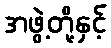
အဖွဲ့တို့နှင့်